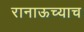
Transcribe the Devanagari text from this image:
रानाऊच्याच